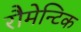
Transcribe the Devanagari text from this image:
रौमेन्टिक